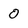
Character: 0